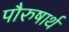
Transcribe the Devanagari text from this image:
पौरुषार्थ